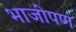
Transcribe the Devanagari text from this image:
भाजीपण